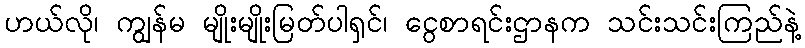
ဟယ်လို၊ ကျွန်မ မျိုးမျိုးမြတ်ပါရှင်၊ ငွေစာရင်းဌာနက သင်းသင်းကြည်နဲ့